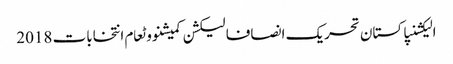
الیکشنپاکستان تحریک انصافالیکشن کمیشنووٹعام انتخابات 2018